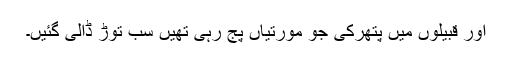
اور قبیلوں میں پتھرکی جو مورتیاں پج رہی تھیں سب توڑ ڈالی گئیں۔